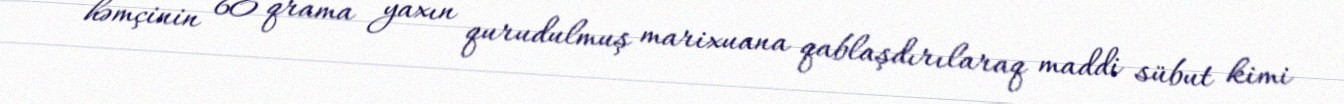
həmçinin 60 qrama yaxın qurudulmuş marixuana qablaşdırılaraq maddi sübut kimi